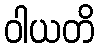
ဝါယတိ